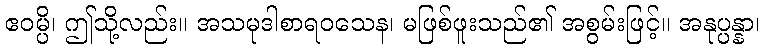
ဧဝမ္ပိ၊ ဤသို့လည်း။ အသမုဒါစာရဝသေန၊ မဖြစ်ဖူးသည်၏ အစွမ်းဖြင့်။ အနုပ္ပန္နာ၊